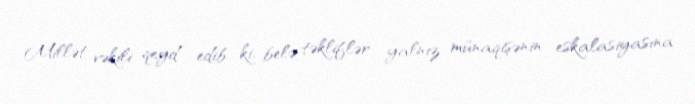
Millət vəkili qeyd edib ki, belə təkliflər yalnız münaqişənin eskalasiyasına